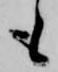
も